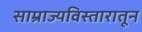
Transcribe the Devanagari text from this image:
साम्राज्यविस्तारातून